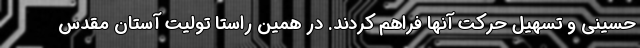
حسینی و تسهیل حرکت آنها فراهم کردند. در همین راستا تولیت آستان مقدس